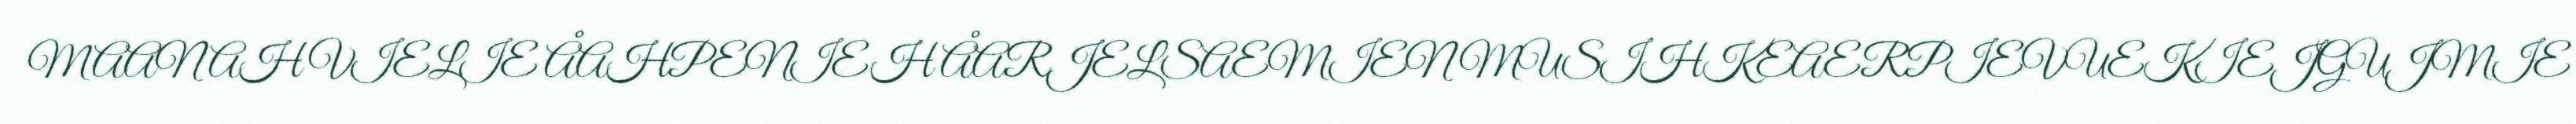
MAANAH VIELIE ÅAHPENIEH ÅARJELSAEMIEN MUSIHKEAERPIEVUEKIEJGUJMIE